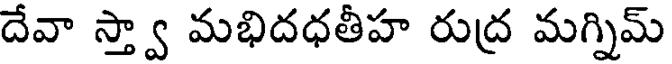
దేవా స్త్వా మభిదధతీహ రుద్ర మగ్నిమ్